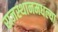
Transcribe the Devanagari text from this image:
राजस्थानमधल्या